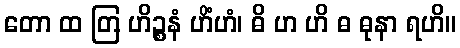
တော ထ တြ ဟိဉ္စနံ ဟိံဟံ၊ ဓိ ဟ ဟိ ဓ ဓုနာ ရဟိ။